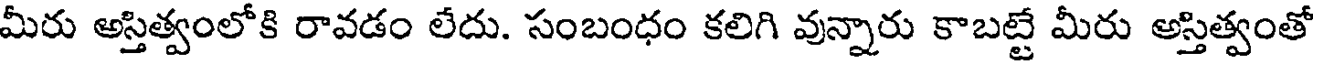
మీరు అస్తిత్వంలోకి రావడం లేదు. సంబంధం కలిగి వున్నారు కాబట్టే మీరు అస్తిత్వంతో